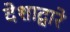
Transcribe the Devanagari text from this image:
देशाद्वारे